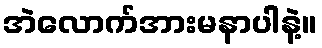
အဲလောက်အားမနာပါနဲ့။